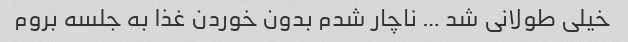
خیلی طولانی شد … ناچار شدم بدون خوردن غذا به جلسه بروم